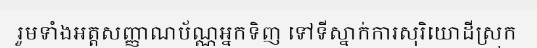
រួមទាំងអត្តសញ្ញាណប័ណ្ណអ្នកទិញ ទៅទីស្នាក់ការសុរិយោដីស្រុក